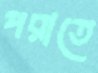
পরাতে